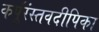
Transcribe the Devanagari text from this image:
कर्पूंरंस्तवदीपिका